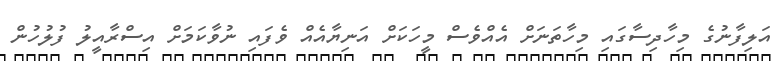
އަލިފާނުގެ މިހާދިސާގައި މިހާތަނަށް އެއްވެސް މީހަކަށް އަނިޔާއެއް ވެފައި ނުވާކަމަށް އިސްރާއީލު ފުލުހުން